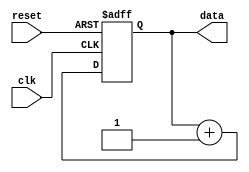
module repeat_loop (
    input wire clk,          // Clock signal
    input wire reset,        // Reset signal
    output reg [7:0] data    // Example output data
);

    // Initialization
    initial begin
        data = 8'b0; // Initialize data
    end

    // Always block to implement the repeat loop
    always @(posedge clk or posedge reset) begin
        if (reset) begin
            data <= 8'b0; // Reset data on reset signal
        end else begin
            // Repeat loop behavior
            // Example operation: Increment data
            data <= data + 1; // Increment data continuously
            // Additional operations can be added here
        end
    end

endmodule